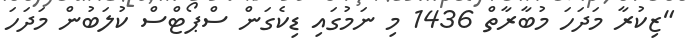
"ޒިކުރާ މަދަހަ މުބާރާތް 1436 މި ނަމުގައި ޑިކެގަން ސްޕޯޓްސް ކުލަބުން މަދަހަ